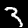
Label: 3